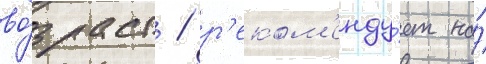
во́зраст / р'еком'енду́ет на́